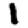
Digit: 1